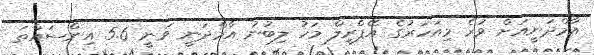
އާމްދަނީއަށް ވުރެ މިއަހަރުގެ އޭޕްރީލް މަހު ލިބުނު އާމްދަނީ ވަނީ 5.6 އިންސައްތަ